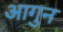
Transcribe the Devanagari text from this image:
आगुन